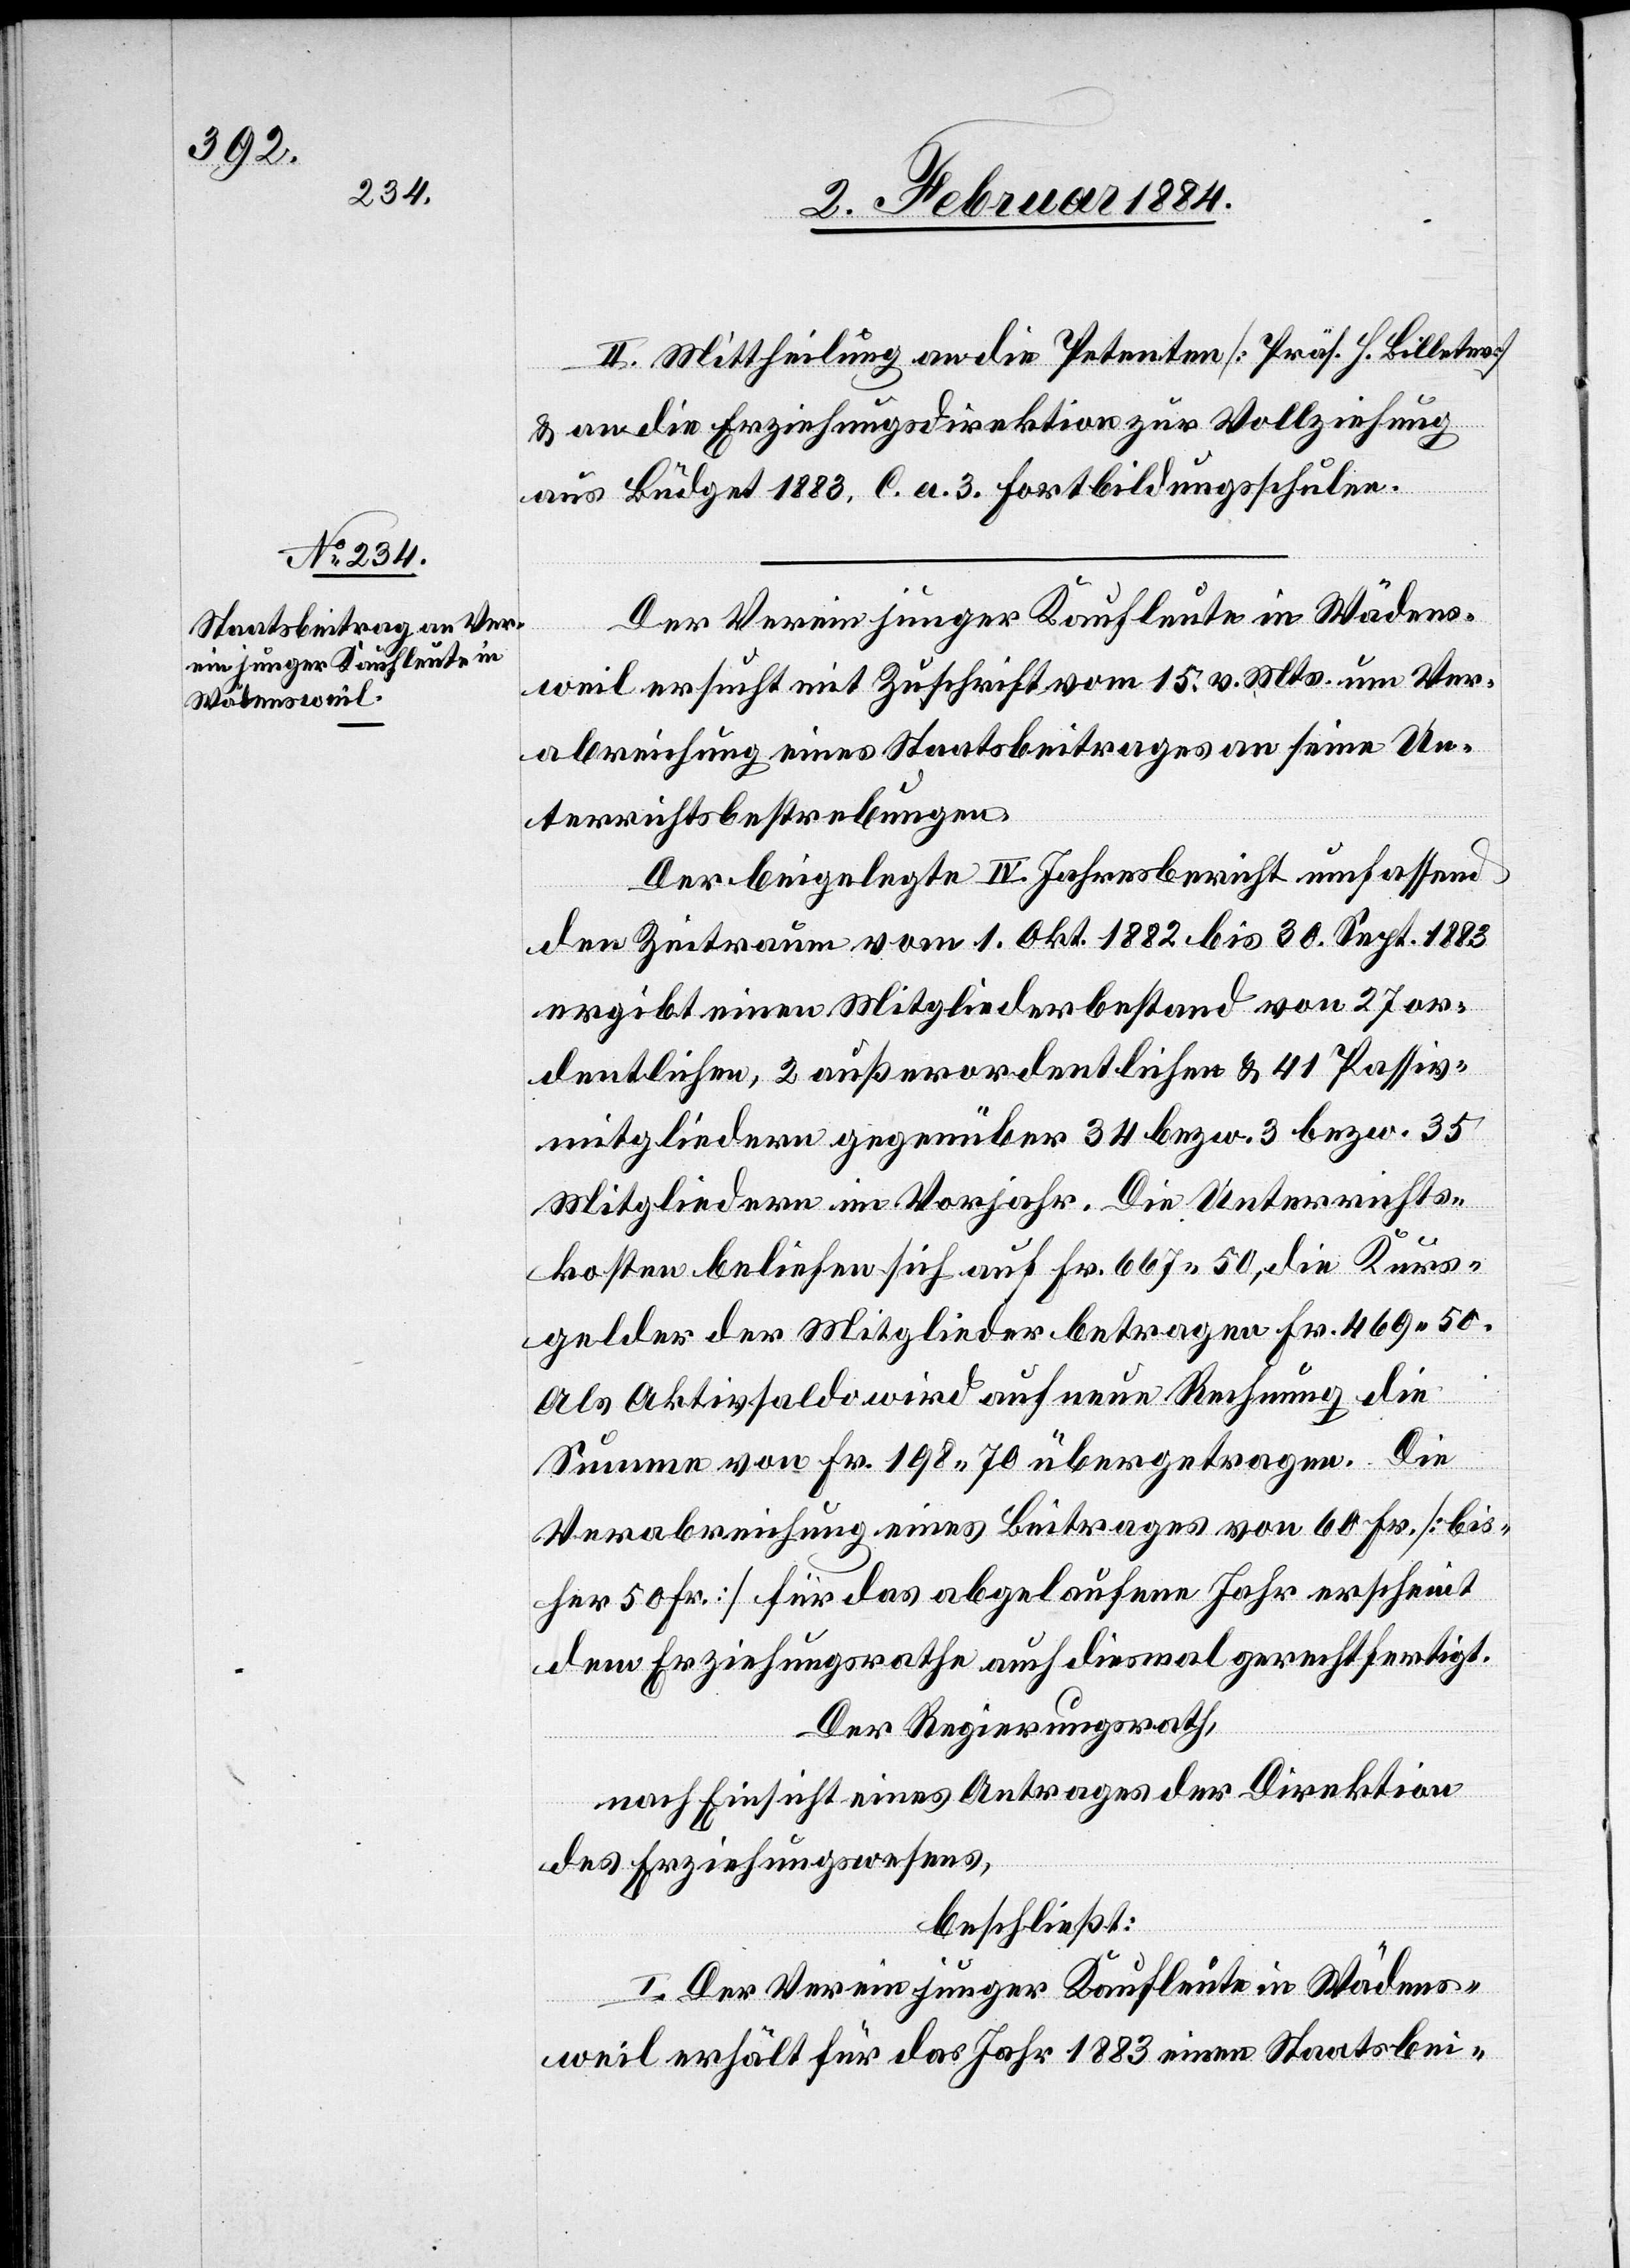
II. Mittheilung an die Petenten [Präs. H. Billeter]
& an die Erziehungsdirektion zur Vollziehung
aus Büdget 1883, C. a. Fortbildungsschule.
Der Verein junger Kaufleute in Wädens¬
weil ersucht mit Zuschrift vom 15. v. Mts. um Ver¬
abreichung eines Staatsbeitrages an seine Un¬
terrichtsbestrebungen.
Der beigelegte IV. Jahresbericht umfassend
den Zweitraum vom 1. Okt. 1882 bis 30. Sept. 1883
ergibt einen Mitgliederbestand von 27 or¬
dentlichen, 2 außerordentlichen & 41 Passiv-M¬
itgliedern gegenüber 34 bzw. 3 bzw. 35
Mitgliedern im Vorjahr. Die Unterrichts¬
kosten beliefen sich auf Fr. 667 50, die Kurs¬
gelder der Mitglieder betragen Fr. 469 50.
Als Aktivsaldo wird auf neue Rechnung die
Summe von Fr. 198 70 übertragen. Die
Verabreichung eines Beitrages von 60 Fr. [bis¬
her 50 Fr.] für das abgelaufene Jahr erscheint
dem Erziehungsrathe auch diesmal gerechtfertigt.
Der Regierungsrath,
nach Einsicht eines Antrages der Direktion
des Erziehungswesens,
beschließt:
I. Der Verein junger Kaufleute in Wädens¬
weil erhält für das Jahr 1883 einen Staatsbei-